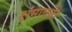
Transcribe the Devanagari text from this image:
क्षमावती